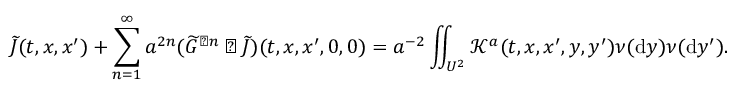
\widetilde { J } ( t , x , x ^ { \prime } ) + \sum _ { n = 1 } ^ { \infty } a ^ { 2 n } ( \widetilde { G } ^ { \triangleright n } \triangleright \widetilde { J } ) ( t , x , x ^ { \prime } , 0 , 0 ) = a ^ { - 2 } \iint _ { U ^ { 2 } } \mathcal { K } ^ { a } ( t , x , x ^ { \prime } , y , y ^ { \prime } ) \nu ( \ensuremath { \mathrm { d } } y ) \nu ( \ensuremath { \mathrm { d } } y ^ { \prime } ) .